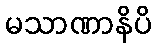
မသာဏာနိပိ